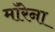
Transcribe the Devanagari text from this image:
माॅरेना